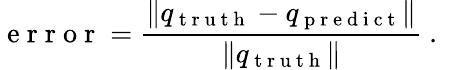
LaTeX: \mathrm{~e~r~r~o~r~}=\frac{\| q_{\mathrm{~t~r~u~t~h~}}-q_{\mathrm{~p~r~e~d~i~c~t~}}\| }{\| q_{\mathrm{~t~r~u~t~h~}}\| }\mathrm{~.~}